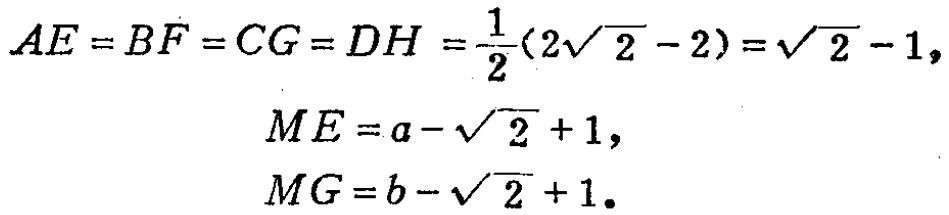
\[
\begin{align*}
AE = BF = CG = DH&=\frac{1}{2}(2\sqrt{2}-2)=\sqrt{2}-1,\\
ME&=a - \sqrt{2}+1,\\
MG&=b - \sqrt{2}+1.
\end{align*}
\]